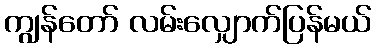
ကျွန်တော် လမ်းလျှောက်ပြန်မယ်